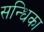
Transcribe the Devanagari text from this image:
सन्धिका